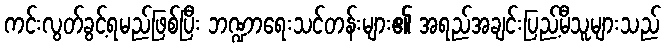
ကင်းလွတ်ခွင့်ရမည်ဖြစ်ပြီး ဘဏ္ဍာရေးသင်တန်းများ၏ အရည်အချင်းပြည့်မီသူများသည်